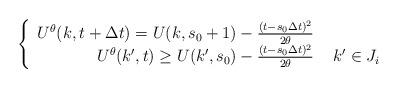
LaTeX: \begin{align*} \left\{ \begin{array}{r l}U^{\theta}(k,t + \Delta t) = U(k,s_{0} + 1) - \frac{(t - s_{0}\Delta t)^{2}}{2 \theta} \\U^{\theta}(k',t) \geq U(k',s_{0}) - \frac{(t - s_{0}\Delta t)^{2}}{2 \theta} & \, \, k' \in J_{i}\end{array} \right.\end{align*}